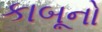
કાબૂનો